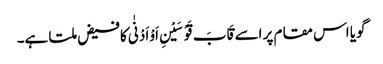
گویا اس مقام پر اسے قَابَ قَوْسَیْنِ اَوْ اَدْنٰی کافیض ملتا ہے۔